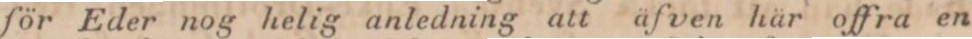
för Eder nog helig anledning att äfven här offra en